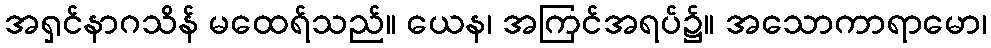
အရှင်နာဂသိန် မထေရ်သည်။ ယေန၊ အကြင်အရပ်၌။ အသောကာရာမော၊